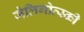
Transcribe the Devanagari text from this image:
जेलिगोव्स्की